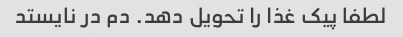
لطفا پیک غذا را تحویل دهد. دم در نایستد